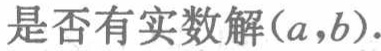
是否有实数解\((a,b)\)